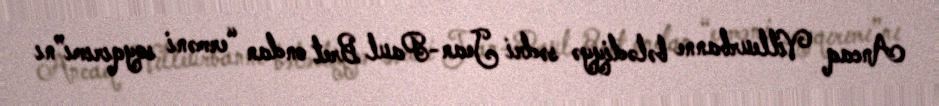
Ancaq Villeurbanne bələdiyyə sədri Jean-Paul Bret ondan “erməni soyqırımı”nı